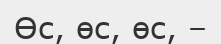
Өс, өс, өс, –